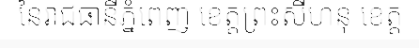
នៃរាជធានីភ្នំពេញ ខេត្តព្រះសីហនុ ខេត្ត